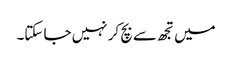
میں تجھ سے بچ کر نہیں جا سکتا۔